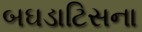
બઘડાટિસના